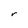
Character: r